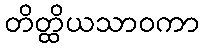
တိတ္ထိယသာဝကာ